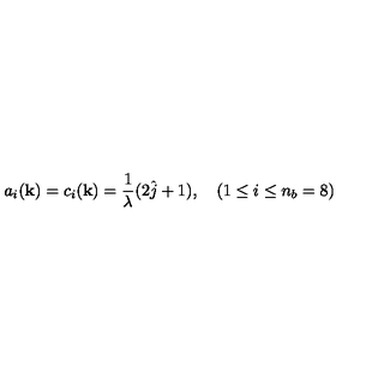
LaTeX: a _ { i } ( { \bf k } ) = c _ { i } ( { \bf k } ) = \frac { 1 } { \lambda } ( 2 \hat { j } + 1 ) , \quad ( 1 \leq i \leq n _ { b } = 8 )